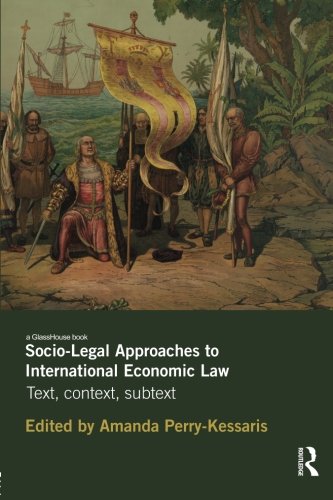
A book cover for Socio-Legal Approaches to International Economic Law: Text, Context, Subtext; Law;